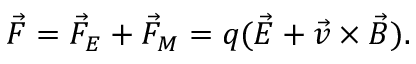
\Vec { F } = \Vec { F } _ { E } + \Vec { F } _ { M } = q ( \Vec { E } + \vec { v } \times \Vec { B } ) .